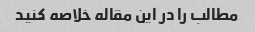
مطالب را در این مقاله خلاصه کنید